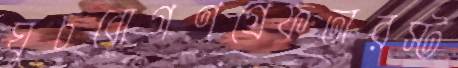
ঘুচবোগণগ্রেফতারস্ট